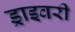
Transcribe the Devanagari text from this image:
ड्राइवरी